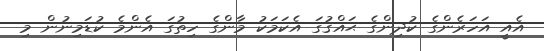
އެއީ އަހަރެންގެ ކުދިންގެ ޙައްޤުގަ އެކަމަކު މާންގެ ހިތުގަ އެންމެ ކުޑަމިނުން މި